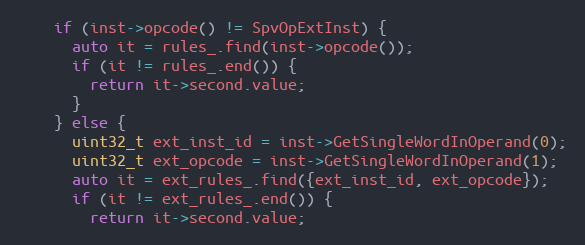
Language: C
    if (inst->opcode() != SpvOpExtInst) {
      auto it = rules_.find(inst->opcode());
      if (it != rules_.end()) {
        return it->second.value;
      }
    } else {
      uint32_t ext_inst_id = inst->GetSingleWordInOperand(0);
      uint32_t ext_opcode = inst->GetSingleWordInOperand(1);
      auto it = ext_rules_.find({ext_inst_id, ext_opcode});
      if (it != ext_rules_.end()) {
        return it->second.value;